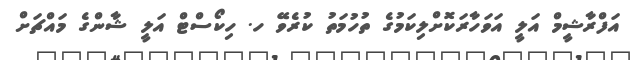
އަފްރާޝީމް އަލީ އަވަހާރަކޮށްލިކަމުގެ ތުހުމަތު ކުރެވޭ ހ. ހިކޯސްޓް އަލީ ޝާންގެ މައްޗަށް